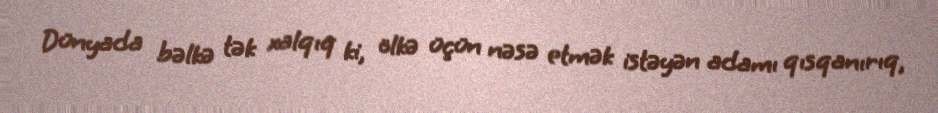
Dünyada bəlkə tək xalqıq ki, ölkə üçün nəsə etmək istəyən adamı qısqanırıq,